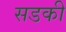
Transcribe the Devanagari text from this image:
सडकी